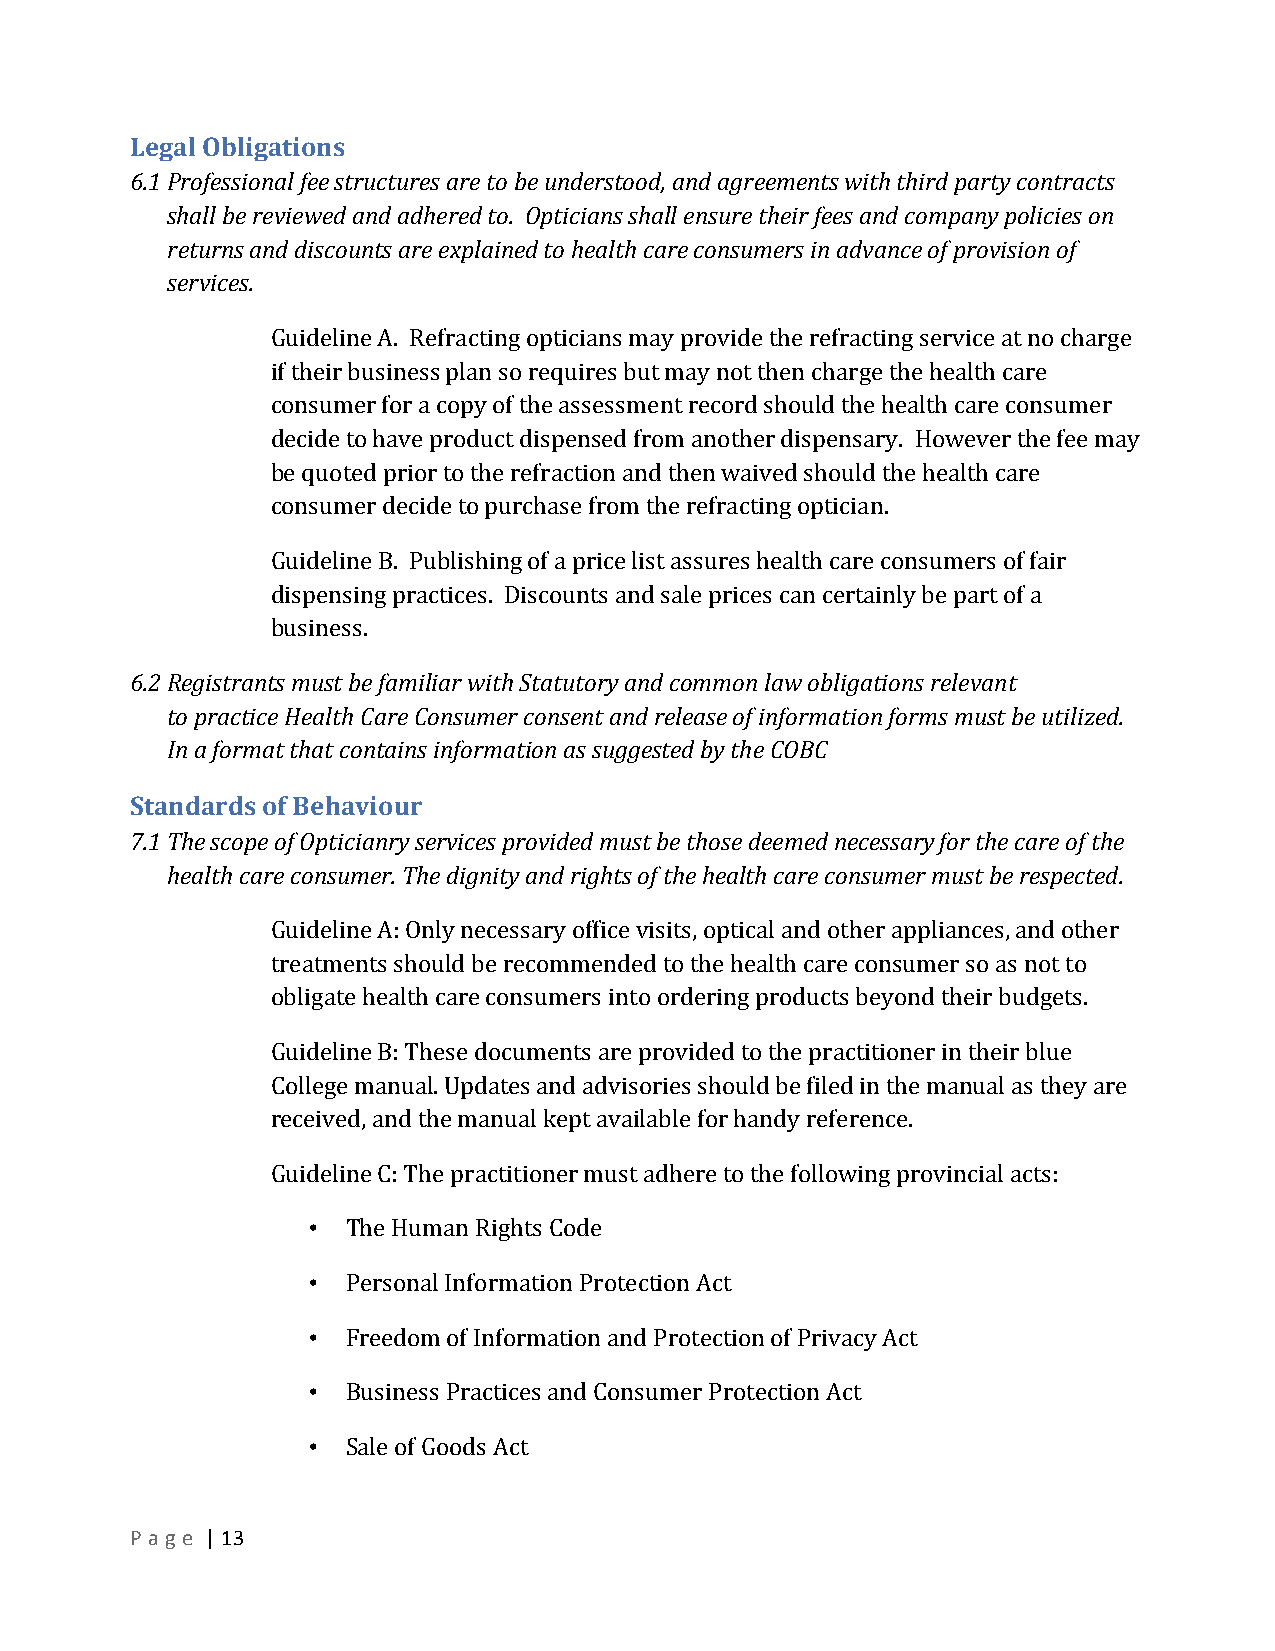
Legal Obligations
 6.1 Professional fee structures are to be understood, and agreements with third party contracts
 shall be reviewed and adhered to. Opticians shall ensure their fees and company policies on
 returns and discounts are explained to health care consumers in advance of provision of
 services.
 Guideline A. Refracting opticians may provide the refracting service at no charge
 if their business plan so requires but may not then charge the health care
 consumer for a copy of the assessment record should the health care consumer
 decide to have product dispensed from another dispensary. However the fee may
 be quoted prior to the refraction and then waived should the health care
 consumer decide to purchase from the refracting optician.
 Guideline B. Publishing of a price list assures health care consumers of fair
 dispensing practices. Discounts and sale prices can certainly be part of a
 business.
 6.2 Registrants must be familiar with Statutory and common law obligations relevant
 to practice Health Care Consumer consent and release of information forms must be utilized.
 In a format that contains information as suggested by the COBC
 Standards of Behaviour
 7.1 The scope of Opticianry services provided must be those deemed necessary for the care of the
 health care consumer. The dignity and rights of the health care consumer must be respected.
 Guideline A: Only necessary office visits, optical and other appliances, and other
 treatments should be recommended to the health care consumer so as not to
 obligate health care consumers into ordering products beyond their budgets.
 Guideline B: These documents are provided to the practitioner in their blue
 College manual. Updates and advisories should be filed in the manual as they are
 received, and the manual kept available for handy reference.
 Guideline C: The practitioner must adhere to the following provincial acts:
 •  The Human Rights Code
 •  Personal Information Protection Act
 •  Freedom of Information and Protection of Privacy Act
 •  Business Practices and Consumer Protection Act
 •  Sale of Goods Act
 P a g e | 13